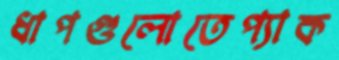
ধাপগুলোতেপ্যাক